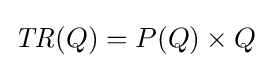
{\mathit {TR}}(Q)=P(Q)\times Q